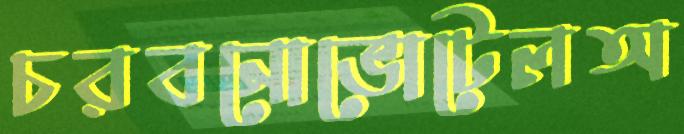
চরবনোভোটেলঅ